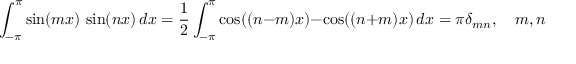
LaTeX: \int _ { - \pi } ^ { \pi } \sin ( m x ) \, \sin ( n x ) \, d x = { \frac { 1 } { 2 } } \int _ { - \pi } ^ { \pi } \cos ( ( n - m ) x ) - \cos ( ( n + m ) x ) \, d x = \pi \delta _ { m n } , \quad m , n \geq 1